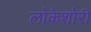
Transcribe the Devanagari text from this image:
लोकेशोरी